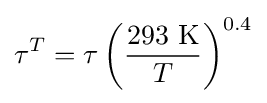
\tau ^{T}=\tau \left({\frac {\text{293 K}}{T}}\right)^{0.4}